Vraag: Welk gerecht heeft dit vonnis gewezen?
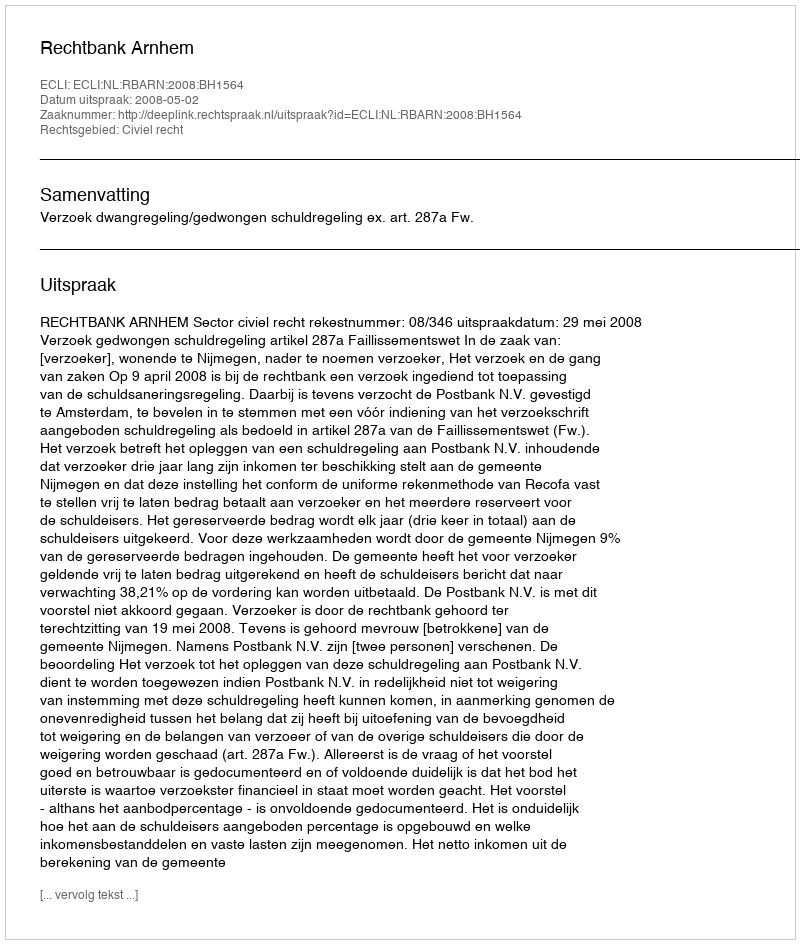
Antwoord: Rechtbank Arnhem